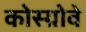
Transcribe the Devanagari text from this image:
कोस्ग्रोवे